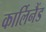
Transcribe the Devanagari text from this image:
कार्लिनैंड